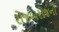
રોજબરોજનો